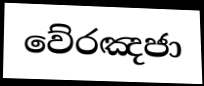
වේරඤජා